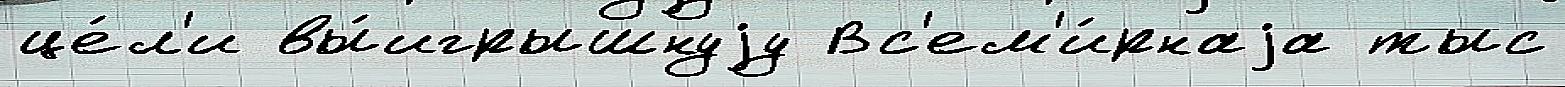
це́л'и вы́игрышнуjу Вс'ем'и́рнаjа тыс